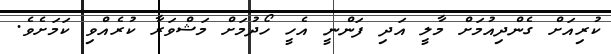
ކުރިއަށް ގެންދިއުމަށް މާލީ އަދި ފަންނީ އެހީ ހޯދުމަށް މަޝްވަރާ ކުރެއްވި ކަމަށެވެ.